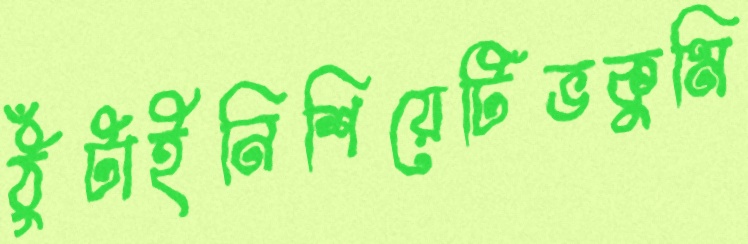
ঠুঁটাইনিশিয়েটিভকুমি